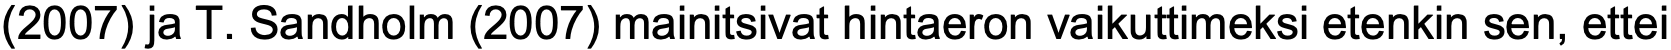
(2007) ja T. Sandholm (2007) mainitsivat hintaeron vaikuttimeksi etenkin sen, ettei